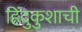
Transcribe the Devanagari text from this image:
हिंदुकुशाची